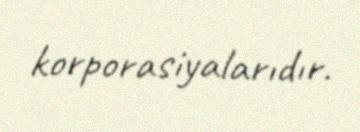
korporasiyalarıdır.